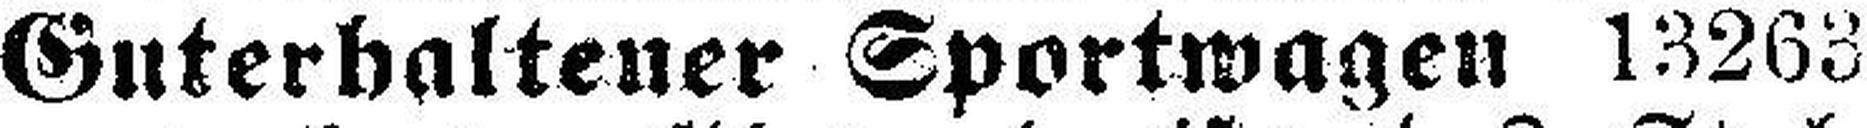
Guterhaltener Sportwagen 13263